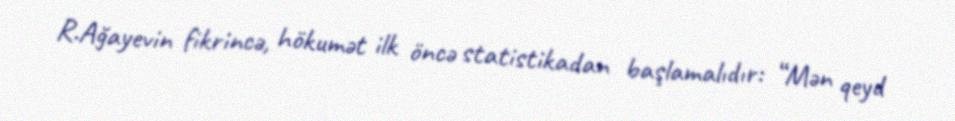
R.Ağayevin fikrincə, hökumət ilk öncə statistikadan başlamalıdır: “Mən qeyd